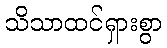
သိသာထင်ရှားစွာ